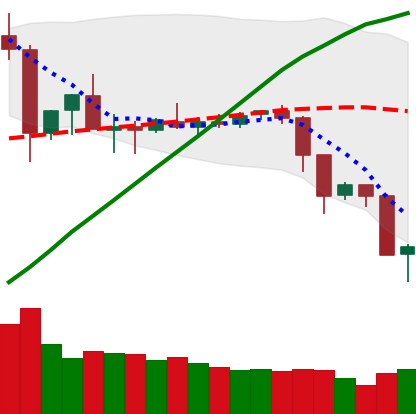
Ticker: ETC-USD
Chart end date: 2019-07-15
Forward return: 6.687%
Label: up_5_7